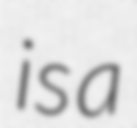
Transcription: is a